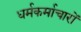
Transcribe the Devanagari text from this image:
धर्मकर्माचारों